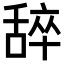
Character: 𬜈